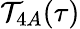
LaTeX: \mathcal{T}_{4A}(\tau)